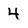
Character: 4